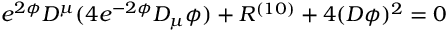
e ^ { 2 \phi } D ^ { \mu } ( 4 e ^ { - 2 \phi } D _ { \mu } \phi ) + R ^ { ( 1 0 ) } + 4 ( D \phi ) ^ { 2 } = 0